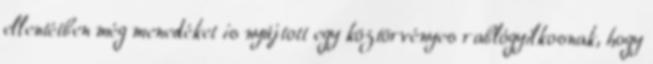
ellentétben még menedéket is nyújtott egy köztörvényes rablógyilkosnak, hogy